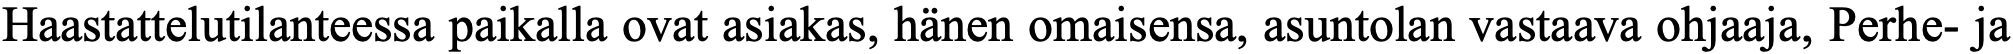
Haastattelutilanteessa paikalla ovat asiakas, hänen omaisensa, asuntolan vastaava ohjaaja, Perhe- ja